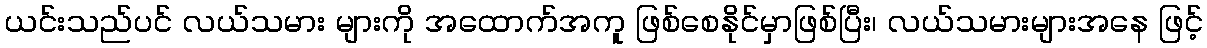
ယင်းသည်ပင် လယ်သမား များကို အထောက်အကူ ဖြစ်စေနိုင်မှာဖြစ်ပြီး၊ လယ်သမားများအနေ ဖြင့်